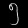
Digit: ၅